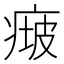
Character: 𤷵